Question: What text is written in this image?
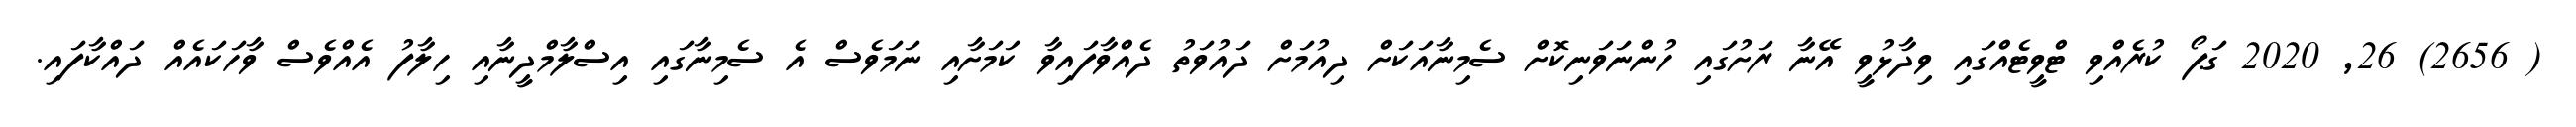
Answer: ( 2656) 26, 2020 ގަޕޯ ކުރެއްވި ޓްވީޓެއްގައި ވިދާޅުވީ އޭނާ ރަށުގައި ހުންނަވަނިކޮށް ސެމިނާއަކަށް ދިއުމަށް ދައުވަތު ދެއްވާފައިވާ ކަމަށާއި ނަމަވެސް އެ ސެމިނާގައި އިސްލާމްދީނާއި ހިލާފު އެއްވެސް ވާހަކައެއް ދައްކާފައި.